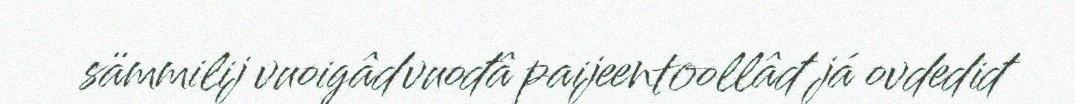
sämmilij vuoigâdvuođâ paijeentoollâđ já ovdediđ